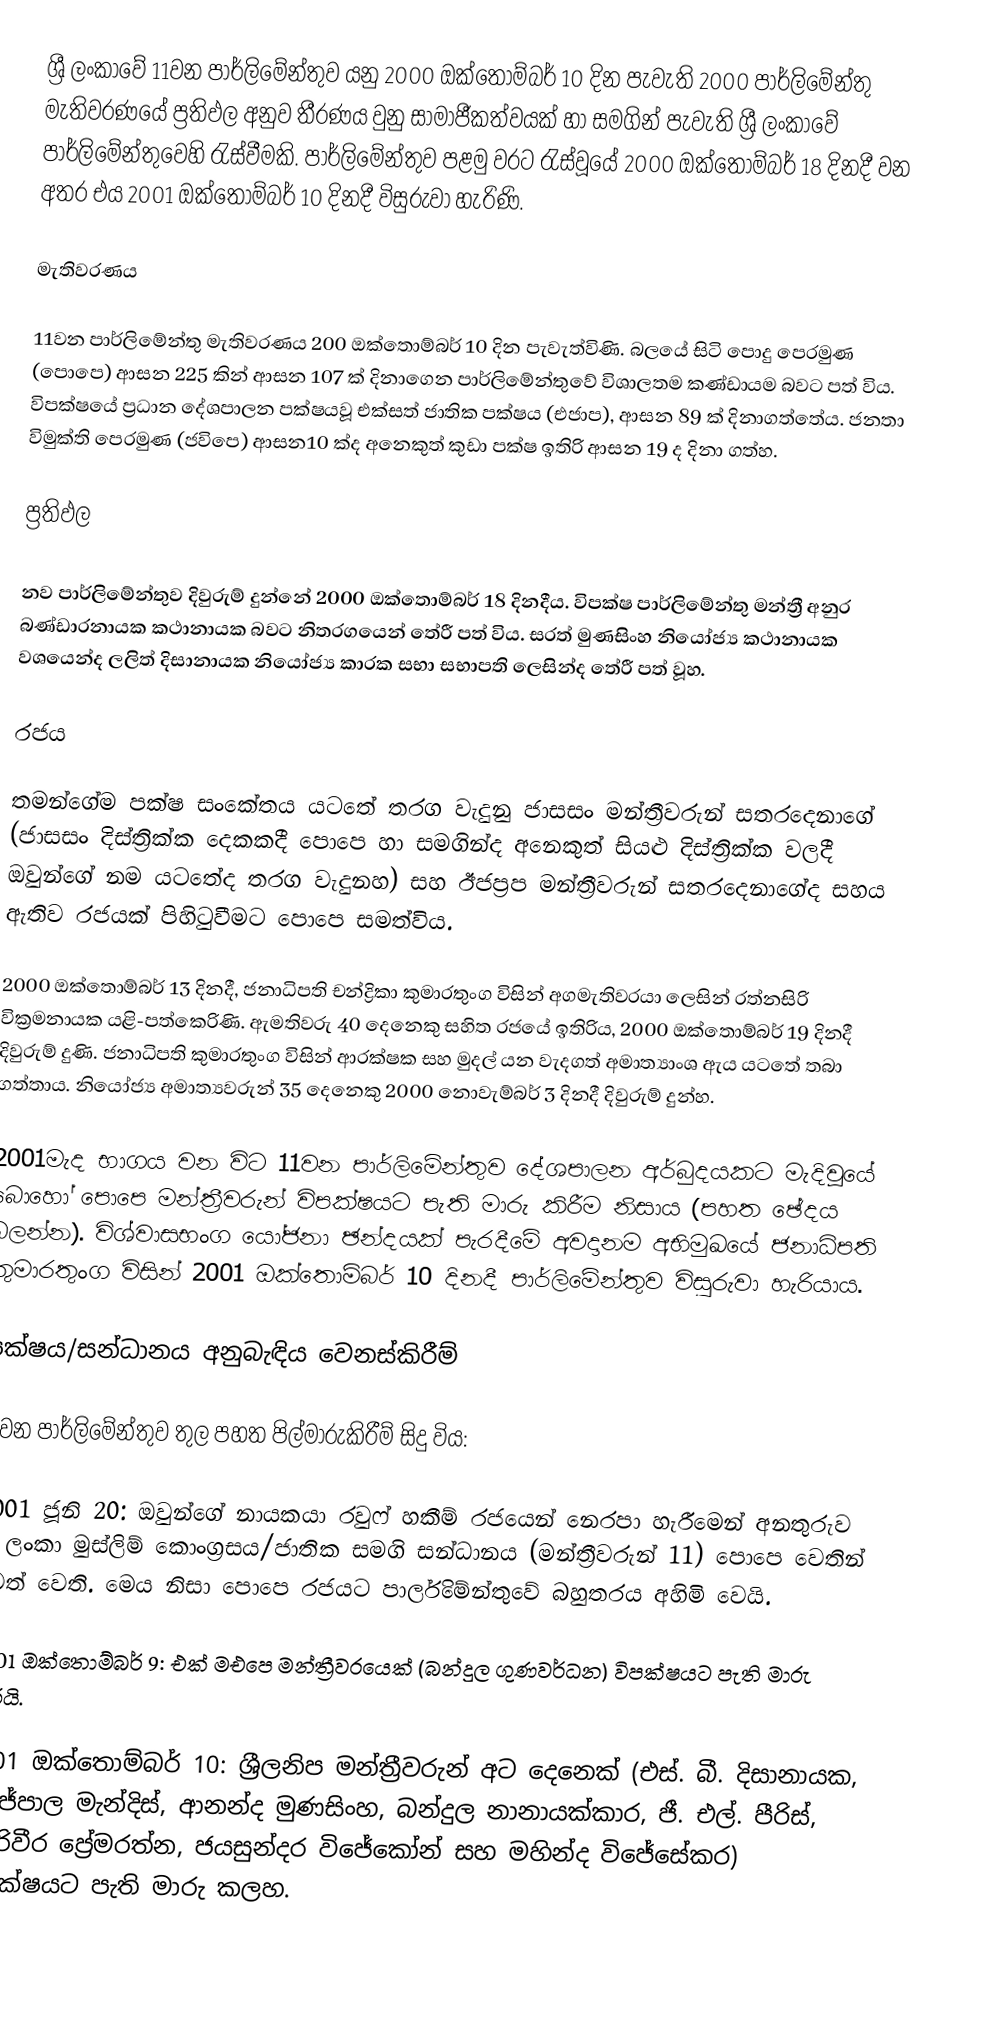
ශ්‍රී ලංකාවේ 11වන පාර්ලිමේන්තුව යනු 2000 ඔක්තෝම්බර් 10 දින පැවැති 2000 පාර්ලිමේන්තු මැතිවරණයේ ප්‍රතිඵල අනුව තීරණය වුනු සාමාජීකත්වයක් හා සමගින් පැවැති ශ්‍රී ලංකාවේ පාර්ලිමේන්තුවෙහි රැස්වීමකි. පාර්ලිමේන්තුව පළමු වරට රැස්වූයේ  2000 ඔක්තෝම්බර් 18 දිනදී වන අතර එය 2001 ඔක්තෝම්බර් 10 දිනදී විසුරුවා හැරිණි.

මැතිවරණය

11වන පාර්ලිමේන්තු මැතිවරණය 200 ඔක්තොම්බර් 10 දින පැවැත්විණි. බලයේ සිටි පොදු පෙරමුණ (පොපෙ)  ආසන 225 කින් ආසන 107 ක් දිනාගෙන පාර්ලිමේන්තුවේ විශාලතම කණ්ඩායම බවට පත් විය. විපක්ෂයේ ප්‍රධාන දේශපාලන පක්ෂයවූ එක්සත් ජාතික පක්ෂය (එජාප), ආසන 89 ක් දිනාගත්තේය. ජනතා විමුක්ති පෙරමුණ (ජවිපෙ) ආසන10 ක්ද අනෙකුත් කුඩා පක්ෂ ඉතිරි ආසන 19 ද දිනා ගත්හ.

ප්‍රතිඵල

නව පාර්ලිමේන්තුව දිවුරුම් දුන්නේ 2000 ඔක්තොම්බර් 18 දිනදීය. විපක්ෂ පාර්ලිමේන්තු මන්ත්‍රී අනුර බණ්ඩාරනායක කථානායක  බවට නිතරගයෙන් තේරී පත් විය. සරත් මුණසිංහ නියෝජ්‍ය කථානායක වශයෙන්ද  ලලිත් දිසානායක නියෝජ්‍ය කාරක සභා සභාපති ලෙසින්ද තේරී පත් වූහ.

රජය

තමන්ගේම පක්ෂ සංකේතය යටතේ තරග වැදුනු ජාසසං මන්ත්‍රීවරුන් සතරදෙනාගේ (ජාසසං දිස්ත්‍රික්ක දෙකකදී පොපෙ හා සමගින්ද අනෙකුත් සියළු දිස්ත්‍රික්ක වලදී ඔවුන්ගේ නම යටතේද තරග වැදුනහ) සහ ඊජප්‍රප මන්ත්‍රීවරුන් සතරදෙනාගේද සහය ඇතිව රජයක් පිහිටුවීමට පොපෙ සමත්විය.

2000 ඔක්තොම්බර් 13 දිනදී, ජනාධිපති චන්ද්‍රිකා කුමාරතුංග විසින් අගමැතිවරයා ලෙසින් රත්නසිරි වික්‍රමනායක යළි-පත්කෙරිණි. ඇමතිවරු 40 දෙනෙකු සහිත රජයේ ඉතිරිය, 2000 ඔක්තොම්බර් 19 දිනදී දිවුරුම් දුණි. ජනාධිපති කුමාරතුංග විසින් ආරක්ෂක සහ මුදල් යන වැදගත් අමාත්‍යාංශ ඇය යටතේ තබා ගත්තාය. නියෝජ්‍ය අමාත්‍යවරුන් 35 දෙනෙකු  2000 නොවැම්බර් 3 දිනදී දිවුරුම් දුන්හ.

2001මැද භාගය වන විට 11වන පාර්ලිමේන්තුව  දේශපාලන අර්බුදයකට මැදිවූයේ බොහෝ පොපෙ මන්ත්‍රීවරුන් විපක්ෂයට  පැති මාරු කිරීම නිසාය (පහත ඡේදය බලන්න). විශ්වාසභංග යෝජනා ඡන්දයක් පැරදීමේ අවදානම අභිමුඛයේ ජනාධිපති කුමාරතුංග විසින්  2001 ඔක්තොම්බර් 10 දිනදී පාර්ලිමේන්තුව විසුරුවා හැරියාය.

පක්ෂය/සන්ධානය අනුබැඳිය වෙනස්කිරීම්

11වන පාර්ලිමේන්තුව තුල පහත පිල්මාරුකිරීම් සිදු විය:

 2001 ජූනි 20: ඔවුන්ගේ නායකයා රවුෆ් හකීම් රජයෙන් නෙරපා හැරීමෙන් අනතුරුව ශ්‍රී ලංකා මුස්ලිම් කොංග්‍රසය/ජාතික සමගි සන්ධානය (මන්ත්‍රීවරුන් 11) පොපෙ වෙතින් ඉවත් වෙති. මෙය නිසා පොපෙ රජයට පාර්ලිමේන්තුවේ බහුතරය අහිමි වෙයි.

 2001 ඔක්තොම්බර් 9: එක් මඑපෙ මන්ත්‍රීවරයෙක් (බන්දුල ගුණවර්ධන) විපක්ෂයට පැති මාරු කරයි.

 2001 ඔක්තොම්බර් 10: ශ්‍රීලනිප මන්ත්‍රීවරුන් අට දෙනෙක් (එස්. බී. දිසානායක, විජේපාල මැන්දිස්, ආනන්ද මුණසිංහ, බන්දුල නානායක්කාර, ජී. එල්. පීරිස්, එදිරිවීර ප්‍රේමරත්න, ජයසුන්දර විජේකෝන් සහ මහින්ද විජේසේකර) විපක්ෂයට පැති මාරු කලහ.

 20